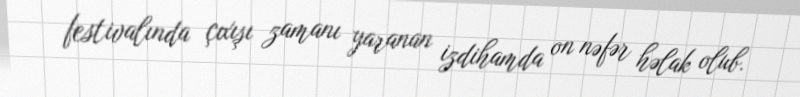
festivalında çıxışı zamanı yaranan izdihamda on nəfər həlak olub.